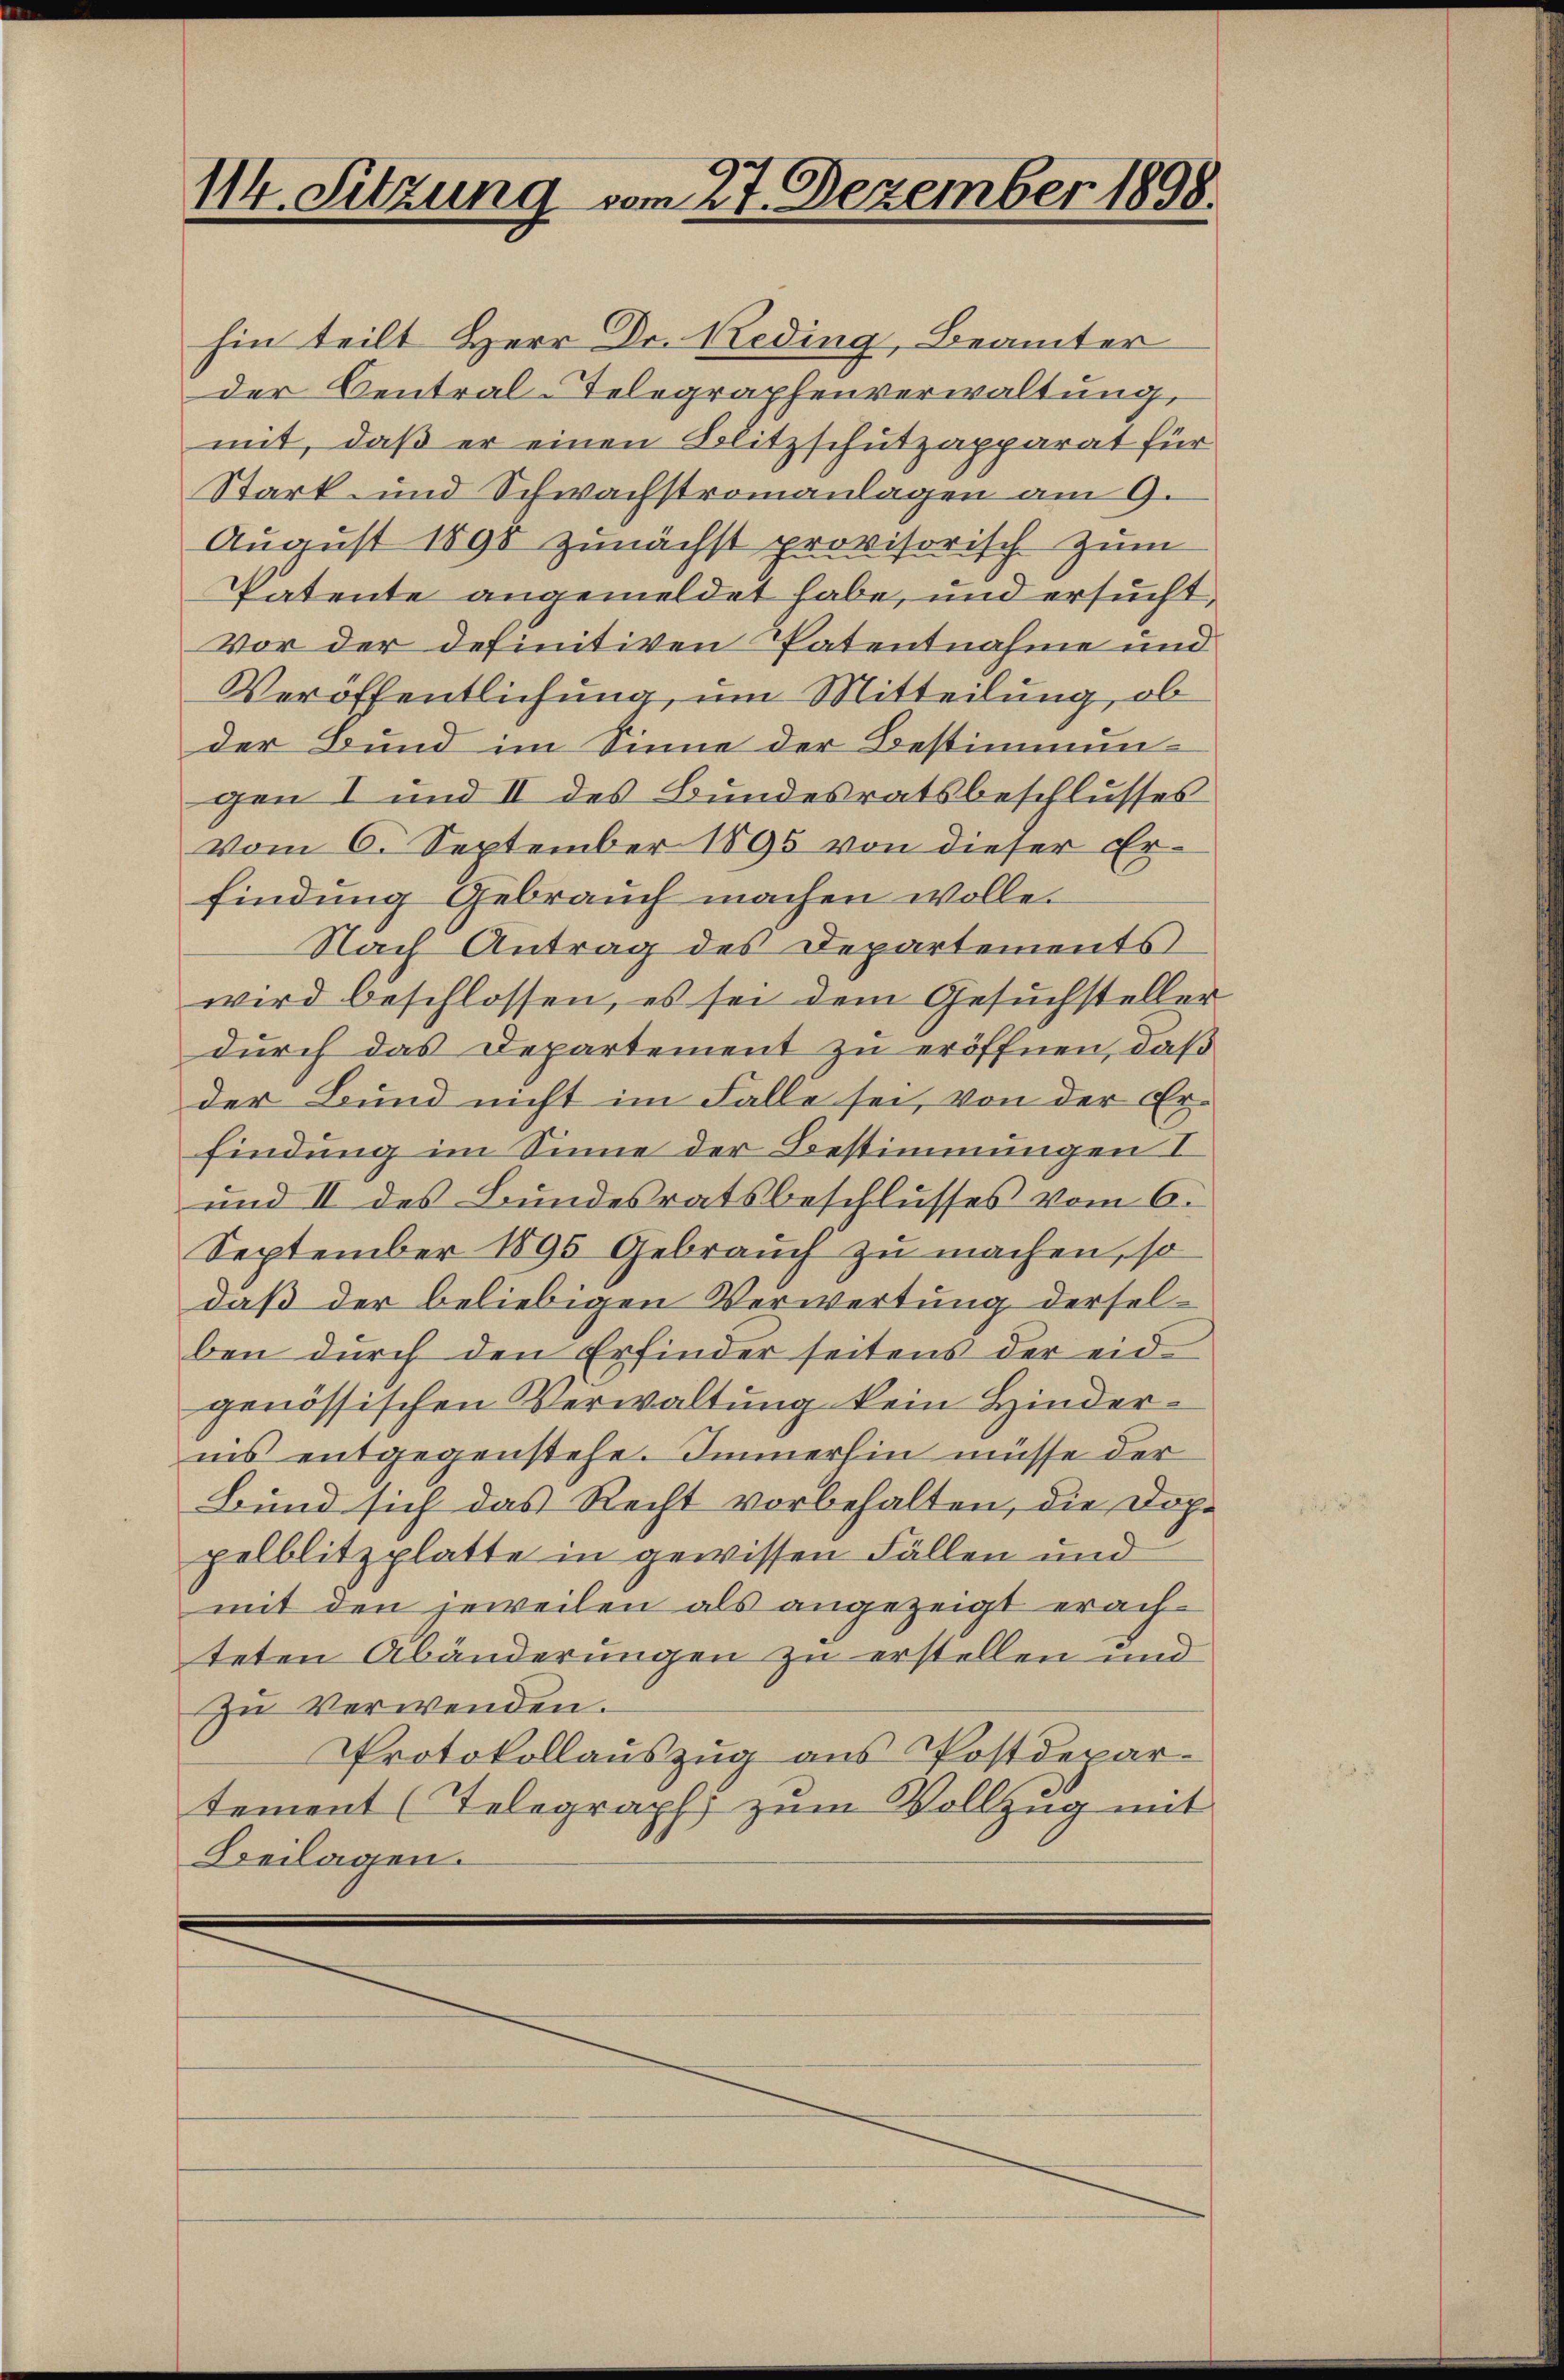
hin teilt Herr Dr. Reding, Beamter
der Central-Telegraphenverwaltung,
mit, daß er einen Blitzschutzapparat für
Stark- und Schwachstromanlagen am 9.
August 1890 zunächst provisorisch zum
Patente angemeldet habe, und ersucht,
Vor der definitiven Patentnahme und
Veröffentlichung, um Mitteilung, ob
der Bund im Sinne der Bestimmungen I und II des Bundesratsbeschlusses
vom 6. September 1895 von dieser Erfindung Gebrauch machen wolle.
Nach Antrag des Departements
wird beschlossen, es sei dem Gesuchsteller
durch das Departement zu eröffnen, daß
der Bund nicht im Falle sei, von der Erfindung im Sinne der Bestimmungen I
und II des Bundesratsbeschlusses vom 6.
September 1895 Gebrauch zu machen, so
daß der beliebigen Verwertung derselben durch den Erfinder seitens der eidgenössischen Verwaltung kein Hinderins entgegenstehe. Immerhin müsse der
Bund sich das Recht vorbehalten, die Doppelblitzplatte in gewissen Fällen und
mit den jeweilen als angezeigt erachteten Abänderungen zu erstellen und
Zu Verwenden.
Protokollauszug aus Postdepar-
tement (Telegraph zum Vollzug mit
Beilagen.

114. Sitzung vom 27. Dezember 1898.